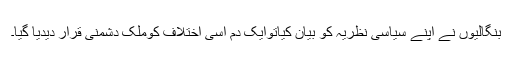
بنگالیوں نے اپنے سیاسی نظریہ کو بیان کیاتوایک دم اسی اختلاف کوملک دشمنی قرار دیدیا گیا۔